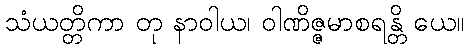
သံယတ္တိကာ တု နာဝါယ၊ ဝါဏိဇ္ဇမာစရန္တိ ယေ။